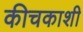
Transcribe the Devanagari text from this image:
कीचकाशी